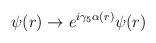
LaTeX: \begin{align*}\psi(r) \to e^{i\gamma_5 \alpha(r)} \psi(r)\end{align*}